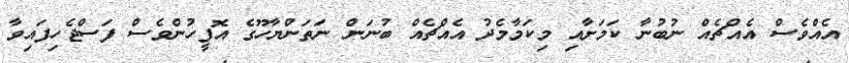
އެއްވެސް އެއްޗެއް ނުބުނާ ކަމަށާއި މިކަމާމެދު އެއްޗެއް ބުނަން ނަތަންޔާހޫގެ އޮފީހުންވެސް ފަސްޖެހިފައިވާ